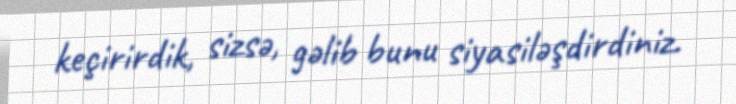
keçirirdik, sizsə, gəlib bunu siyasiləşdirdiniz.